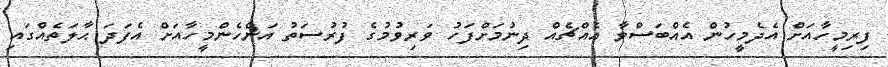
ފިރިމީހާއަށް އެދެމީހުން އެއްބަސްވާ އެއްޗެއް ދިނުމަށްފަހު ވަރިވުމުގެ ފުރުސަތު އަންހެންމީހާއަށް އެފަދަ ޙާލަތެއްގައި